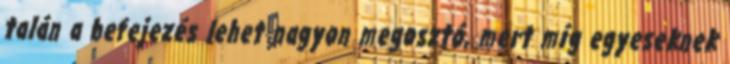
talán a befejezés lehet nagyon megosztó, mert míg egyeseknek